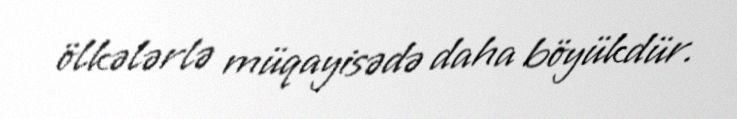
ölkələrlə müqayisədə daha böyükdür.